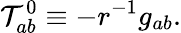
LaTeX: \mathcal{T}_{ab}^{0}\equiv-r^{-1}g_{ab}.